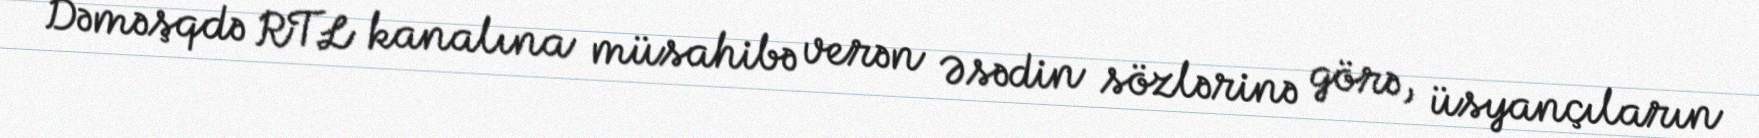
Dəməşqdə RTL kanalına müsahibə verən Əsədin sözlərinə görə, üsyançıların